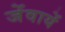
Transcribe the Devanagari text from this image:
जेंवायें